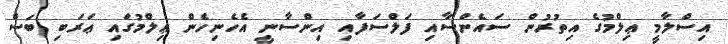
އިސްލާމީ ޢިލްމުގެ އިތުރުން ސައެންސާއި ފަލްސަފާއި އިންސާނީ އެހެނިހެން ޢިލްމުގައި ޢަރަބި ބަސް